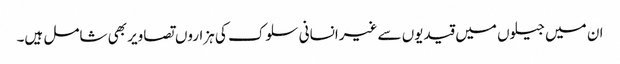
ان میں جیلوں میں قیدیوں سے غیرانسانی سلوک کی ہزاروں تصاویر بھی شامل ہیں۔